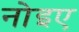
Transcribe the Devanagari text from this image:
नोइए